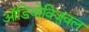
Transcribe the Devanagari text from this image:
ऑडियोविजुवल